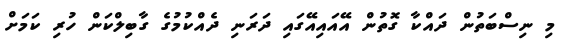
މި ނިސްބަތުން ދައްކާ ގޮތުން އޭއައިއޭގައި ދަރަނި ދެއްކުމުގެ ގާބިލްކަން ހުރި ކަމަށް